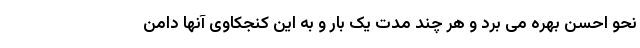
نحو احسن بهره می برد و هر چند مدت یک بار و به این کنجکاوی آنها دامن